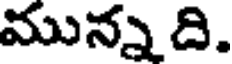
మున్న ది.